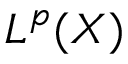
L ^ { \, p } ( X )